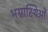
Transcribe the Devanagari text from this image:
भग्नास्थिओं